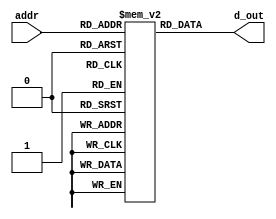
module im( addr, d_out );
    input  [11:2]  addr;
    output [31:0]  d_out;

    reg [31:0] ins_mem[1023:0];

    assign d_out = ins_mem[addr];
endmodule